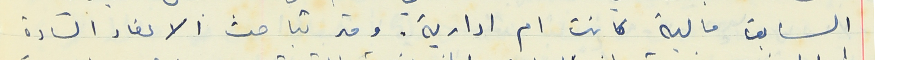
السابق مالية كانت ام ادارية. وقد تباحث الاعضاء السادة